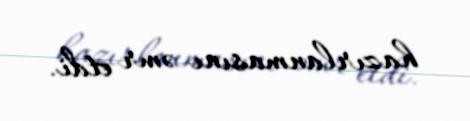
hazırlanmasını əmr etdi.